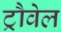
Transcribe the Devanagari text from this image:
ट्रौवेल